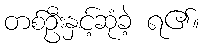
တစ်ဦးနှင့်ဆုံခဲ့ ရ၏။